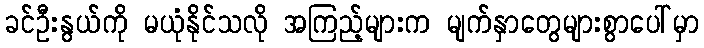
ခင်ဦးနွယ်ကို မယုံနိုင်သလို အကြည့်များက မျက်နှာတွေများစွာပေါ်မှာ